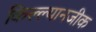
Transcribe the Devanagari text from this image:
किल्ल्यानजीक